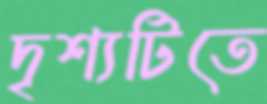
দৃশ্যটিতে